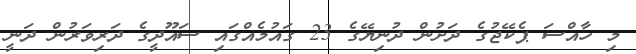
މި ހާއްސަ ޕެކޭޖުގެ ދަށުން ދުނިޔޭގެ 23 ގައުމެއްގައި ސައޫދީގެ ދަރިވަރުން ދަނީ